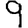
Digit: 9